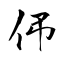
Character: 伄